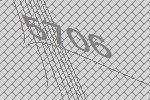
5706